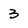
Character: 3